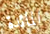
المائدة